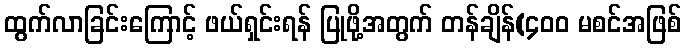
ထွက်လာခြင်းကြောင့် ဖယ်ရှင်းရန် ပြုဖို့အတွက် တန်ချိန်(၄၀၀ မစင်အဖြစ်